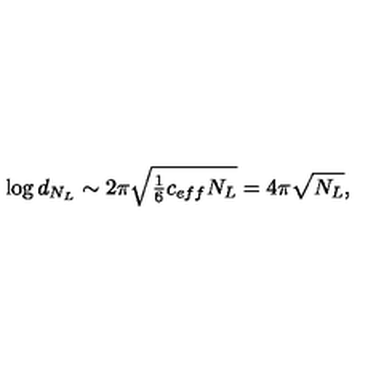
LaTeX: \log d _ { N _ { L } } \sim { 2 \pi \sqrt { \textstyle { \frac { 1 } { 6 } } c _ { e f f } N _ { L } } } = 4 \pi \sqrt { N _ { L } } ,